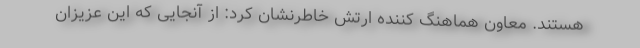
هستند. معاون هماهنگ کننده ارتش خاطرنشان کرد: از آنجایی که این عزیزان